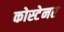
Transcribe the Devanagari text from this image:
कोस्टेनर